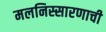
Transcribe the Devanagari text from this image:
मलनिस्सारणाची